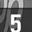
Digit: 5